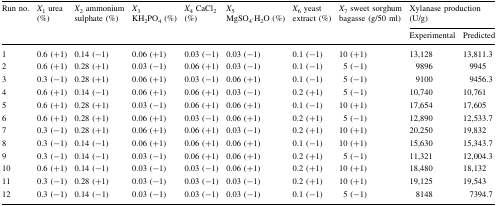
<table><thead><tr><td rowspan="2"><b>Run no.</b></td><td rowspan="2"><b><i>X</i><sub>1</sub> urea (%)</b></td><td rowspan="2"><b><i>X</i><sub>2</sub> ammonium sulphate (%)</b></td><td rowspan="2"><b><i>X</i><sub>3</sub> KH<sub>2</sub>PO<sub>4</sub> (%)</b></td><td rowspan="2"><b><i>X</i><sub>4</sub> CaCl<sub>2</sub> (%)</b></td><td rowspan="2"><b><i>X</i><sub>5</sub> MgSO<sub>4</sub>⋅H<sub>2</sub>O (%)</b></td><td rowspan="2"><b><i>X</i><sub>6</sub> yeast extract (%)</b></td><td rowspan="2"><b><i>X</i><sub>7</sub> sweet sorghum bagasse (g/50 ml)</b></td><td colspan="2"><b>Xylanase production (U/g)</b></td></tr><tr><td><b>Experimental</b></td><td><b>Predicted</b></td></tr></thead><tbody><tr><td>1</td><td>0.6 (+1)</td><td>0.14 (−1)</td><td>0.06 (+1)</td><td>0.03 (−1)</td><td>0.03 (−1)</td><td>0.1 (−1)</td><td>10 (+1)</td><td>13,128</td><td>13,811.3</td></tr><tr><td>2</td><td>0.6 (+1)</td><td>0.28 (+1)</td><td>0.03 (−1)</td><td>0.06 (+1)</td><td>0.03 (−1)</td><td>0.1 (−1)</td><td>5 (−1)</td><td>9896</td><td>9945</td></tr><tr><td>3</td><td>0.3 (−1)</td><td>0.28 (+1)</td><td>0.06 (+1)</td><td>0.03 (−1)</td><td>0.06 (+1)</td><td>0.1 (−1)</td><td>5 (−1)</td><td>9100</td><td>9456.3</td></tr><tr><td>4</td><td>0.6 (+1)</td><td>0.14 (−1)</td><td>0.06 (+1)</td><td>0.06 (+1)</td><td>0.03 (−1)</td><td>0.2 (+1)</td><td>5 (−1)</td><td>10,740</td><td>10,761</td></tr><tr><td>5</td><td>0.6 (+1)</td><td>0.28 (+1)</td><td>0.03 (−1)</td><td>0.06 (+1)</td><td>0.06 (+1)</td><td>0.1 (−1)</td><td>10 (+1)</td><td>17,654</td><td>17,605</td></tr><tr><td>6</td><td>0.6 (+1)</td><td>0.28 (+1)</td><td>0.06 (+1)</td><td>0.03 (−1)</td><td>0.06 (+1)</td><td>0.2 (+1)</td><td>5 (−1)</td><td>12,890</td><td>12,533.7</td></tr><tr><td>7</td><td>0.3 (−1)</td><td>0.28 (+1)</td><td>0.06 (+1)</td><td>0.06 (+1)</td><td>0.03 (−1)</td><td>0.2 (+1)</td><td>10 (+1)</td><td>20,250</td><td>19,832</td></tr><tr><td>8</td><td>0.3 (−1)</td><td>0.14 (−1)</td><td>0.06 (+1)</td><td>0.06 (+1)</td><td>0.06 (+1)</td><td>0.1 (−1)</td><td>10 (+1)</td><td>15,630</td><td>15,343.7</td></tr><tr><td>9</td><td>0.3 (−1)</td><td>0.14 (−1)</td><td>0.03 (−1)</td><td>0.06 (+1)</td><td>0.06 (+1)</td><td>0.2 (+1)</td><td>5 (−1)</td><td>11,321</td><td>12,004.3</td></tr><tr><td>10</td><td>0.6 (+1)</td><td>0.14 (−1)</td><td>0.03 (−1)</td><td>0.03 (−1)</td><td>0.06 (+1)</td><td>0.2 (+1)</td><td>10 (+1)</td><td>18,480</td><td>18,132</td></tr><tr><td>11</td><td>0.3 (−1)</td><td>0.28 (+1)</td><td>0.03 (−1)</td><td>0.03 (−1)</td><td>0.03 (−1)</td><td>0.2 (+1)</td><td>10 (+1)</td><td>19,125</td><td>19,543</td></tr><tr><td>12</td><td>0.3 (−1)</td><td>0.14 (−1)</td><td>0.03 (−1)</td><td>0.03 (−1)</td><td>0.03 (−1)</td><td>0.1 (−1)</td><td>5 (−1)</td><td>8148</td><td>7394.7</td></tr></tbody></table>